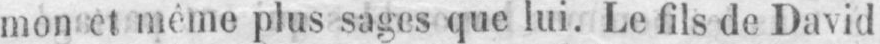
mon et même plus sages que lui. Le fils de David